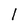
Character: l